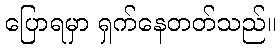
ပြောရမှာ ရှက်နေတတ်သည်။